system: You are a helpful assistant.
user:
Analyze the provided spectrum to determine if it is a **M-type Giant (gM)**.

A M-type Giant spectrum is defined by its **strong molecular absorption** features, particularly from **Titanium Oxide (TiO)**. You must check for one of the following mutually exclusive signatures:

- **Key Visual Indicators (Absorption-Dominated Spectrum):**

    - **(Primary):** The spectrum is dominated by strong molecular absorption from **Titanium Oxide (TiO)**. This is the **defining feature** of its M-type temperature class.
        - **(Key Bandheads):** Look for sharp, "saw-tooth" absorption valleys. The strongest are located near **~7050 Å**, **~6160 Å**, and **~5170 Å**.
        - **(Line Profile):** The "saw-tooth" morphology is critical: a **sharp, steep drop on the BLUE (short-wavelength) side** of the bandhead, followed by a gradual recovery (rising flux) towards the RED (long-wavelength) side.

    - **(Key Confirmation - Giant vs. Dwarf):** **ABSENCE** of strong **Calcium Hydride (CaH)** molecular bands. This is the primary diagnostic for *excluding* M-dwarfs.
        - **(Key Region):** The spectrum should lack the strong, broad absorption band seen in dwarfs between **~6800 Å and ~7000 Å**.

    - **(Secondary Confirmation - Giant):** A very strong and broad **Neutral Calcium (Ca I)** atomic absorption line.
        - **(Key Line):** Located at **~4226 Å**. In a giant (gM), this line is significantly deeper and broader than the same line in an M-dwarf (dM) due to low surface gravity.

    - **(Overall Spectrum):**
        - The continuum is **extremely red-sloping** (i.e., flux is very low in the blue and rises dramatically towards the red).
        - The entire spectrum appears "chopped up" by the deep TiO bands.

Think first, call **spectral_visualization_tool** if needed to examine features in detail, then provide your final answer. Your response must adhere to the following strict rules:
1.  **Overall Structure:** Your response must follow the format `<think>...</think> <tool_call>...</tool_call> (if a tool is used) <answer>...</answer>`.
2.  **Tool Usage Constraint:** You may only make **one** tool call per turn.
3.  **Final Answer Format:** In the `<answer>` tag, your conclusion must be inside a `\boxed{}` command (e.g., `\boxed{YES}` or `\boxed{NO}`), followed by your justification.

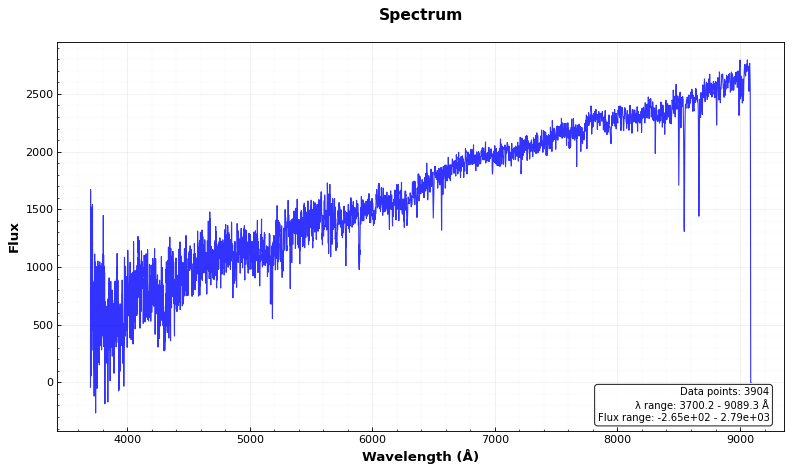
Answer: NO